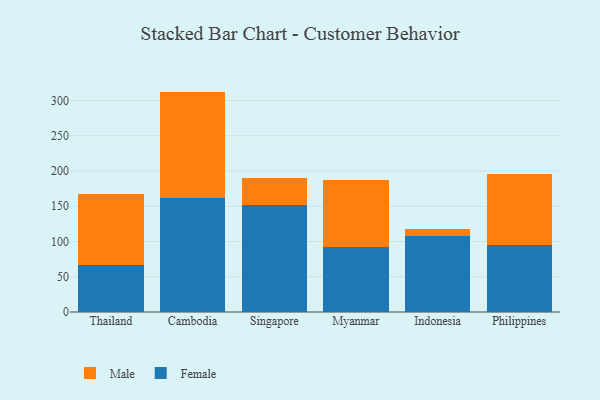
{"axis": {"x": "Country", "y": "Headcount"}, "legend": ["Female", "Male"], "data": [{"x": "Thailand", "y": 66.5, "type": "Female"}, {"x": "Thailand", "y": 100.5, "type": "Male"}, {"x": "Cambodia", "y": 162.4, "type": "Female"}, {"x": "Cambodia", "y": 150.2, "type": "Male"}, {"x": "Singapore", "y": 151.8, "type": "Female"}, {"x": "Singapore", "y": 38.3, "type": "Male"}, {"x": "Myanmar", "y": 92.2, "type": "Female"}, {"x": "Myanmar", "y": 95.3, "type": "Male"}, {"x": "Indonesia", "y": 107.8, "type": "Female"}, {"x": "Indonesia", "y": 9.8, "type": "Male"}, {"x": "Philippines", "y": 94.6, "type": "Female"}, {"x": "Philippines", "y": 101.0, "type": "Male"}]}